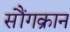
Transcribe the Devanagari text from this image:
सौंगक्रान